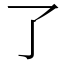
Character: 了